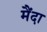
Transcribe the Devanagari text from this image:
मैंदा